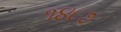
૧૪૮૭